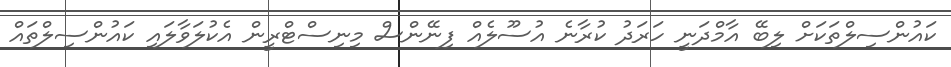
ކައުންސިލްތަކަށް ލިބޭ އާމްދަނީ ހަރަދު ކުރާނެ އުސޫލެއް ފިނޭންސް މިނިސްޓްރީން އެކުލަވާލައި ކައުންސިލްތައް